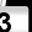
Digit: 3